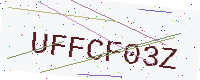
Text: UFFCF03Z